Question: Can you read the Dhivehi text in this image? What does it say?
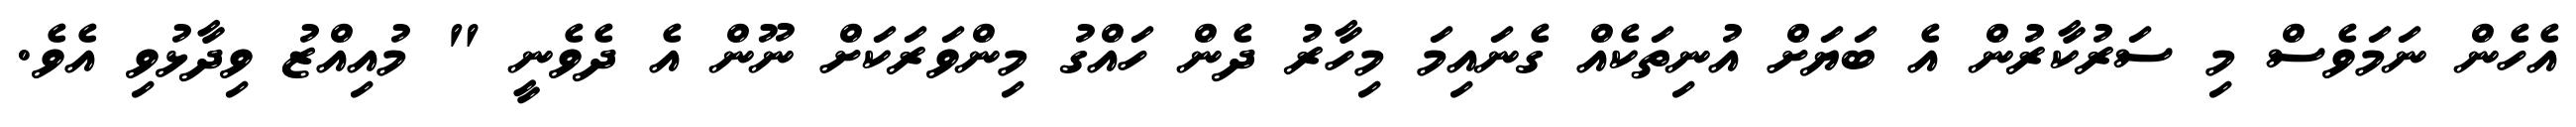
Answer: އެހެން ނަމަވެސް މި ސަރުކާރުން އެ ބަޔަށް އުނިތަކެއް ގެނައިމަ މިހާރު ދެން ހައްގު މިންވަރަކަށް ނޫން އެ ދެވެނީ " މުއިއްޒު ވިދާޅުވި އެވެ.